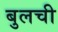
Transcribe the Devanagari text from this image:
बुलची